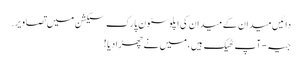
دائیں میدان کے میدان کی اپلوسٹون پارک سیکشن میں تصاویر.
جیہ - آپ ٹھیک ہیں، میں نے چھڑا دیا !